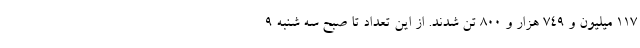
117 میلیون و 749 هزار و 800 تن شدند. از این تعداد تا صبح سه شنبه 9